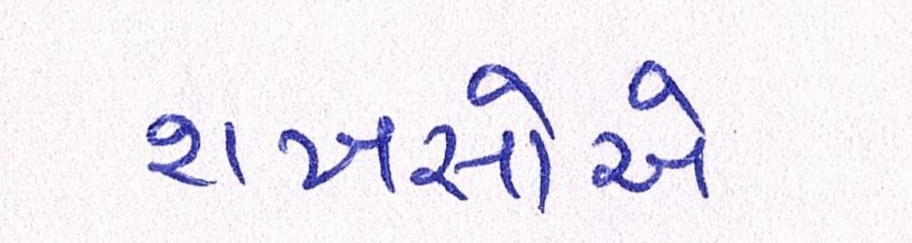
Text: શખસોએ